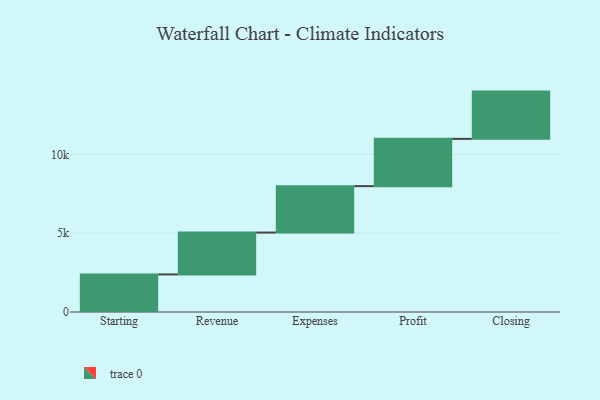
{"axis": {"x": "Step", "y": "Value"}, "legend": [""], "data": [{"x": "Starting", "y": 2385.0, "type": ""}, {"x": "Revenue", "y": 2657.0, "type": ""}, {"x": "Expenses", "y": 2945.0, "type": ""}, {"x": "Profit", "y": 3000, "type": ""}, {"x": "Closing", "y": 3000, "type": ""}]}